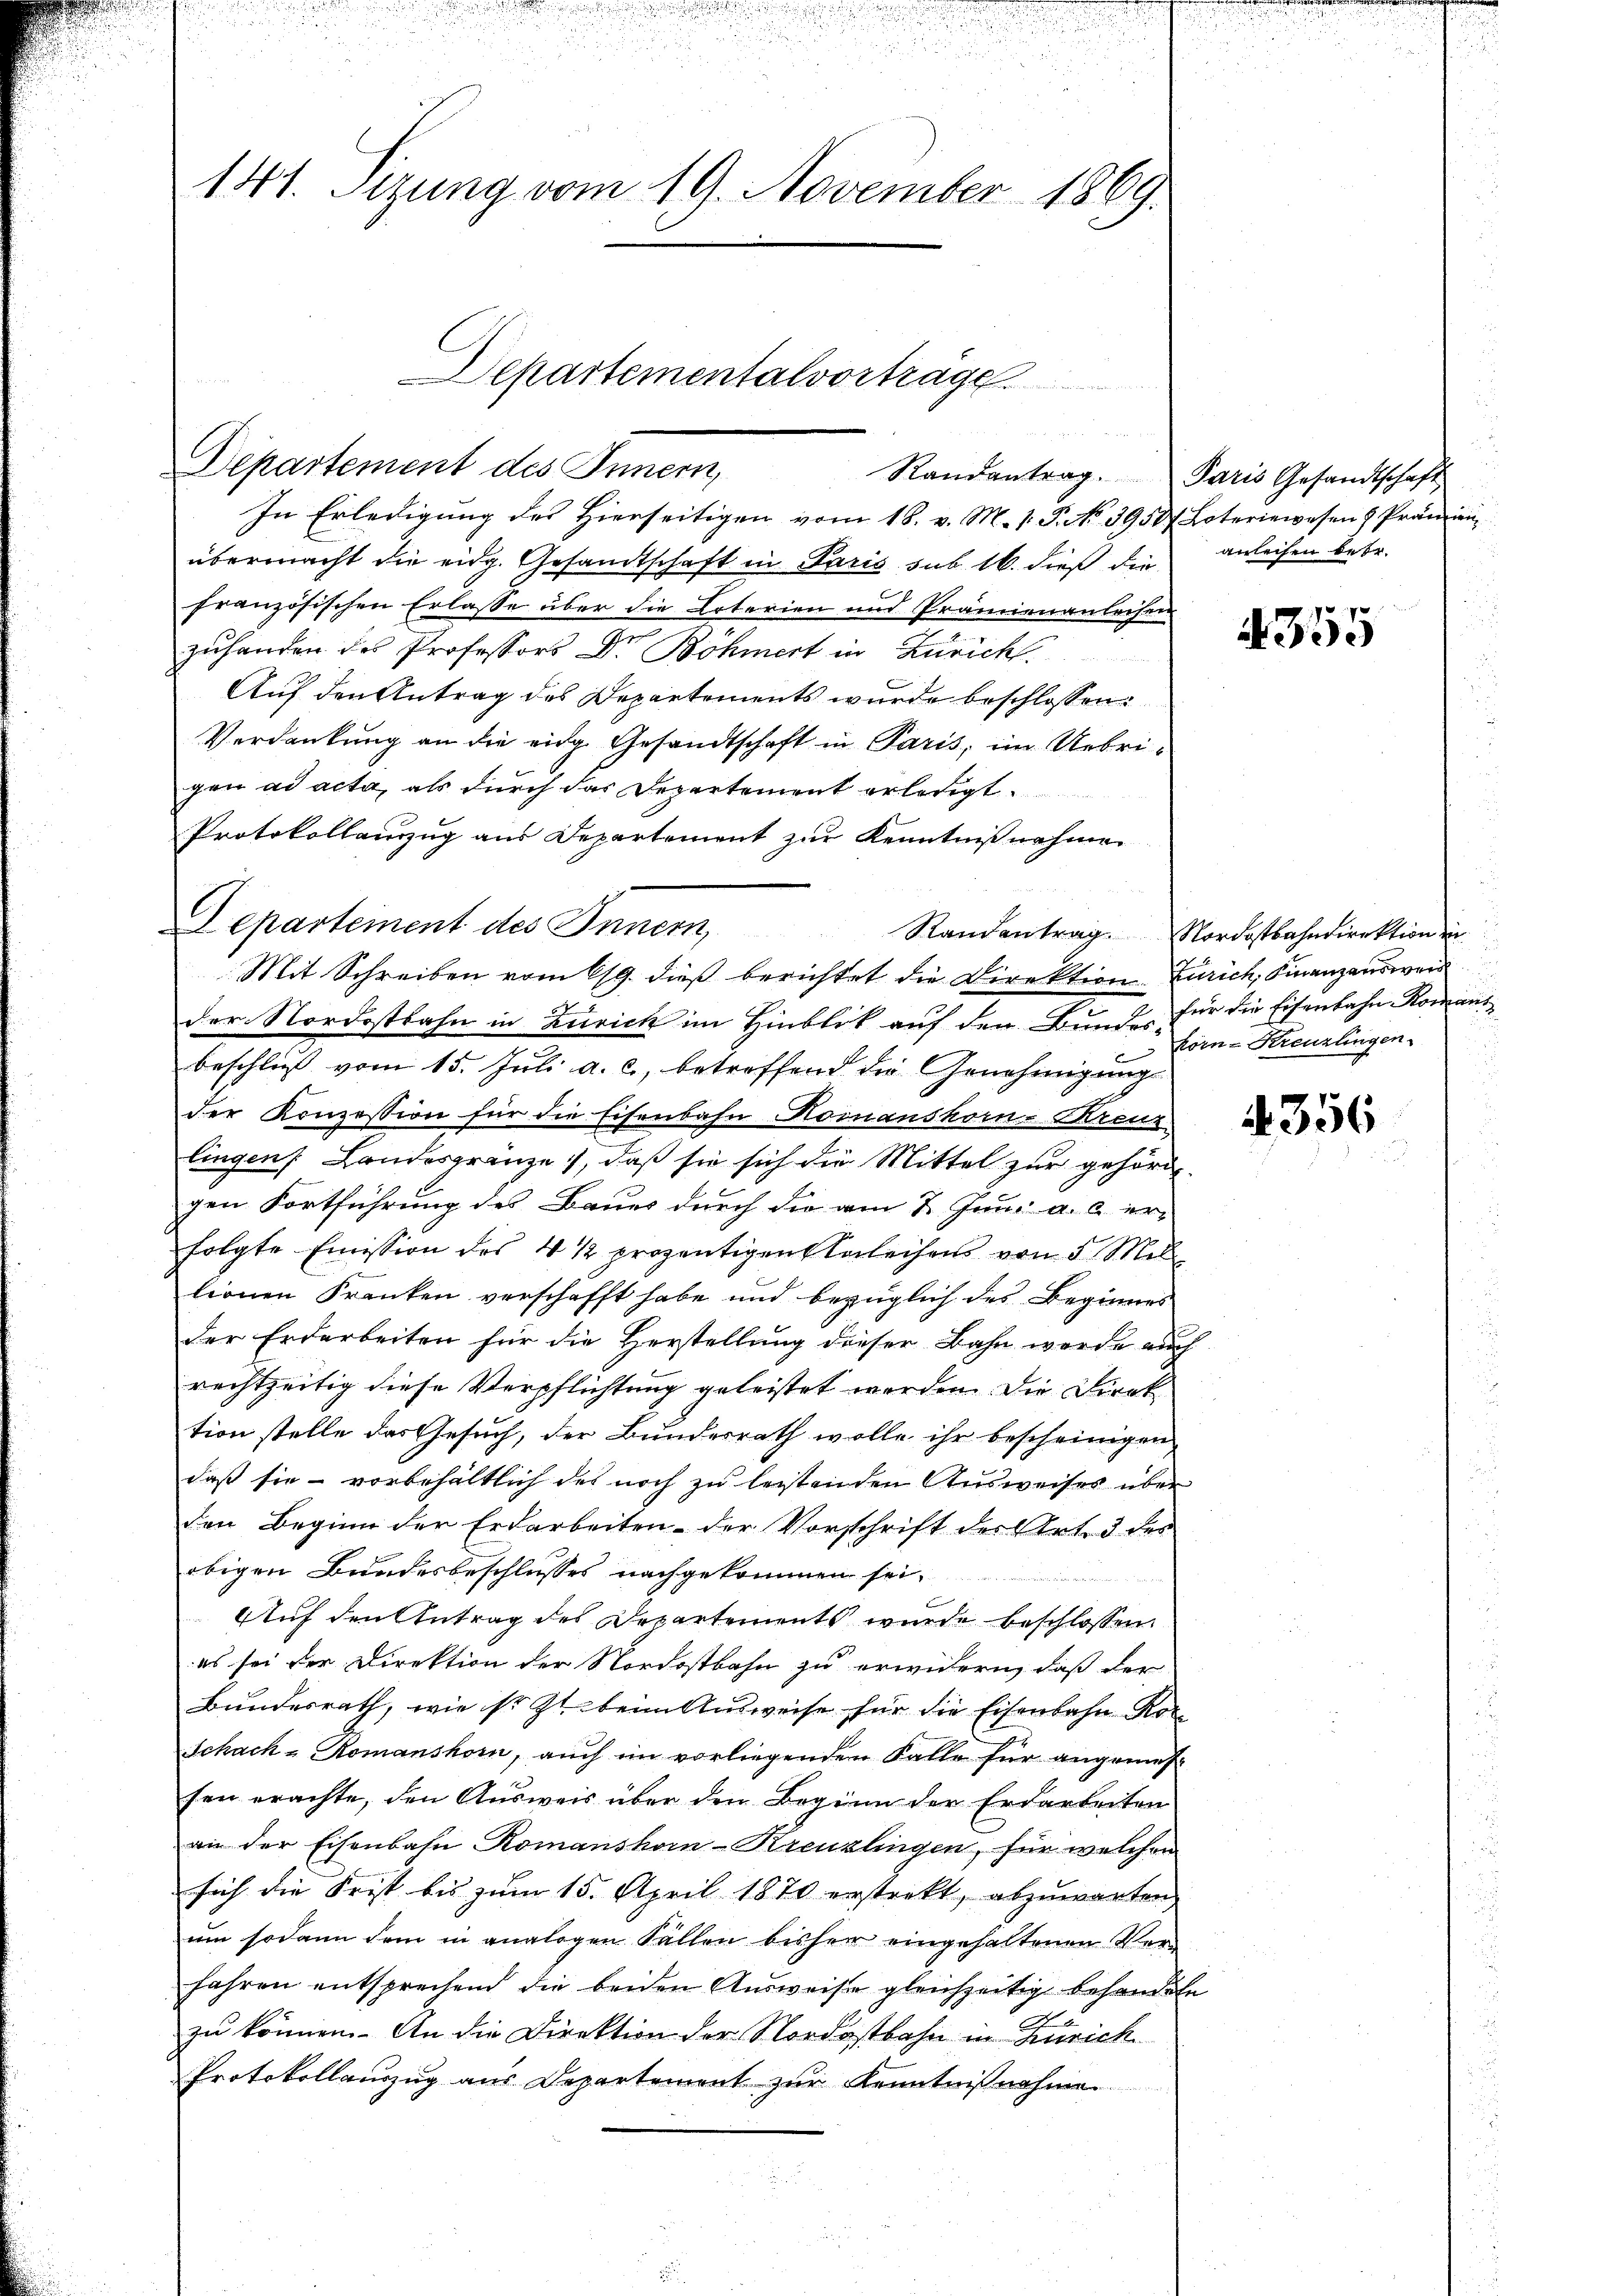
141. Sizung vom 19. November 1869.

Departement des Innern,
Randantrag. Paris Gesandtschaft
In Erledigung des Hierseitigen vom 18. v. M. v. P. No. 3958. Loteriewesen & Prämien

Departementalvorträge.

übermacht die eidg. Gesandtschaft in Paris sub 16. dieß die
französischen Erlasse über die Loterien und Prämienanleihen
zuhanden des Professors Dr Böhmert in Zürich.
Auf den Antrag des Departements wurde beschlossen:
Verdankung an die eidg. Gesandtschaft in Paris, im Uebrigen ad acta, als durch das Departement erledigt.
Protokollamzug aus Departement zur Kenntnisnahmen
Departement des Innern,
Mit Schreiben vom 19. dieß berichtet die Direktion Zürich, Finanzausweid
der Nordostbahn in Zürich im Hinblik auf den Bunde für die Eisenbahn Romanibeschluß vom 15. Juli a. c., betreffend die Genehmigung
der Konzession für die Eisenbahn Komanshorn-Breus
lingen Landesgränze, daß sie sich die Mittel zur gehöre.
gen Fortführung des Baues durch die am 2. Juni a. u. er-
folgte Emission des 4 ½ prozentigen Anleihens von 5 Mil
lionen Kranken verschafft habe und bezüglich des Beginnes
der Erdarbeiten für die Herstellung dieser Bahn werde auch
rechtzeitig diese Verpflichtung geleistet werden. Die Direk
tion stelle das Gesuch, der Bundesrath wolle ihr bescheinigen
daß sie - vorbehältlich des noch zu leistenden Ausweises über
den Beginn der Erdarbeiten der Vorschrift der Art. 3 des
obigen Bundesbeschlusses nachgekommen sei.
Auf den Antrag des Departements wurde beschlossen:
es sei der Direktion der Nordostbahn zu erwidern, daß der
Bundesrath, wie so zu beim Ausweise für die Eisenbahn Rote
Schach - Romanshorn, auch im vorliegenden Falle für angemessen erachte, den Ausweis über den Beginn der Erdarbeiten
an der Eisenbahn Romanshorn-Kreuzlingen, für welchen
sich die Frist bis zŭm 15. April 1870 erstrekt, abzŭwarten.
um sodann dem in analogen Fällen bisher eingehaltenen Ver-
fahren entsprechend die beiden Ausweise gleichzeitig behandeln
zu können. An die Direktion der Nordostbahn in Zürich
Protokollauszug aus Departement zur Kenntnißnahme

anleihen betr.

4355

Standentrag. Nordostbahndirektion in
köm-Kreuzlingen

4356